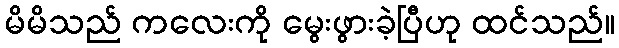
မိမိသည် ကလေးကို မွေးဖွားခဲ့ပြီဟု ထင်သည်။